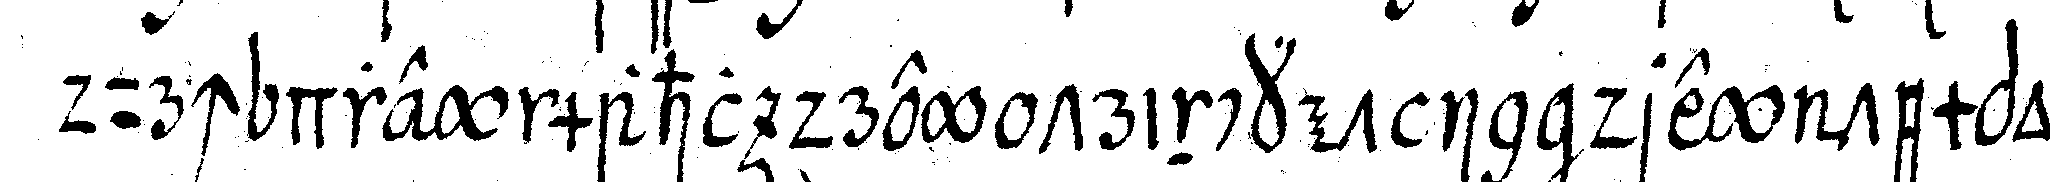
durch drey mahl drey trincket in drey tempo